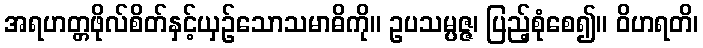
အရဟတ္တဖိုလ်စိတ်နှင့်ယှဉ်သောသမာဓိကို။ ဥပသမ္ပဇ္ဇ၊ ပြည့်စုံစေ၍။ ဝိဟရတိ၊